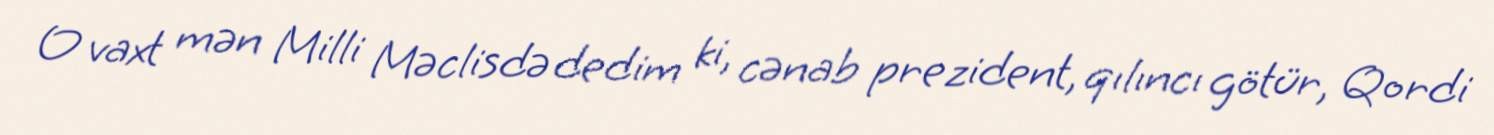
O vaxt mən Milli Məclisdə dedim ki, cənab prezident, qılıncı götür, Qordi